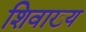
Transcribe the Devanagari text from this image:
शिवाख्य